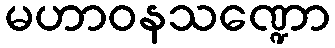
မဟာဝနသဏ္ဍော